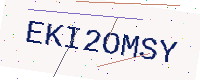
Text: EKI2OMSY